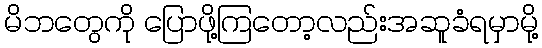
မိဘတွေကို ပြောဖို့ကြတော့လည်းအဆူခံရမှာမို့